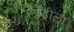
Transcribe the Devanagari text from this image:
लाँड्रीला